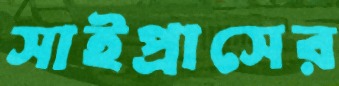
সাইপ্রাসের